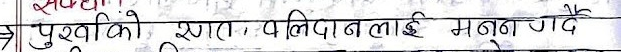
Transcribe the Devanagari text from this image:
पुर्खाहरुको रगत, बलिदानलाई मनन गर्दै